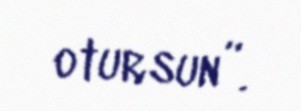
otursun”.